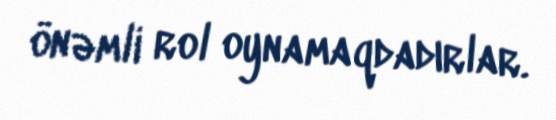
önəmli rol oynamaqdadırlar.